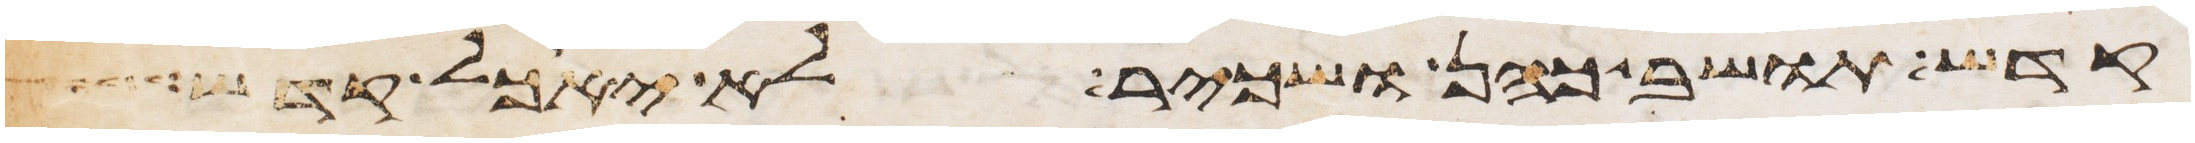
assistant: קדש תושב כהן ושכיר לא יאכל קדש